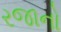
રજાનો